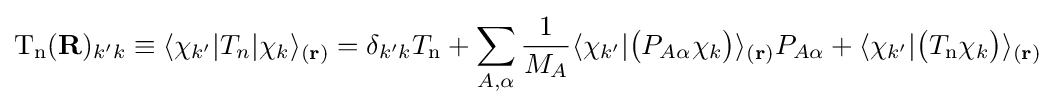
\mathrm {T_{n}} (\mathbf {R} )_{k'k}\equiv \langle \chi _{k'}|T_{n}|\chi _{k}\rangle _{(\mathbf {r} )}=\delta _{k'k}T_{\textrm {n}}+\sum _{A,\alpha }{\frac {1}{M_{A}}}\langle \chi _{k'}|{\big (}P_{A\alpha }\chi _{k}{\big )}\rangle _{(\mathbf {r} )}P_{A\alpha }+\langle \chi _{k'}|{\big (}T_{\mathrm {n} }\chi _{k}{\big )}\rangle _{(\mathbf {r} )}